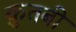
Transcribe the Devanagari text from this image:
क़ुतबी